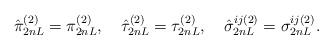
\begin{align*}\hat\pi_{2nL}^{(2)} = \pi_{2nL}^{(2)}, \quad \hat\tau_{2nL}^{(2)} = \tau_{2nL}^{(2)}, \quad \hat\sigma_{2nL}^{ij(2)} = \sigma_{2nL}^{ij(2)} .\end{align*}